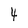
Character: 4